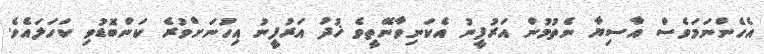
އެހެންނަމަވެސް އާސިޔާ ނެތުމުން އަރުފީނު އެކަނިވާނޭތީވެ ޚުދު އަރުފީނު އިހުނަށްވުރެ ކަންބޮޑުވި ކަހަލައެވެ.